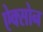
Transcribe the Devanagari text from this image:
ऐक्सोन